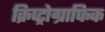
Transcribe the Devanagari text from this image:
क्रिप्ट्रोग्राफिक